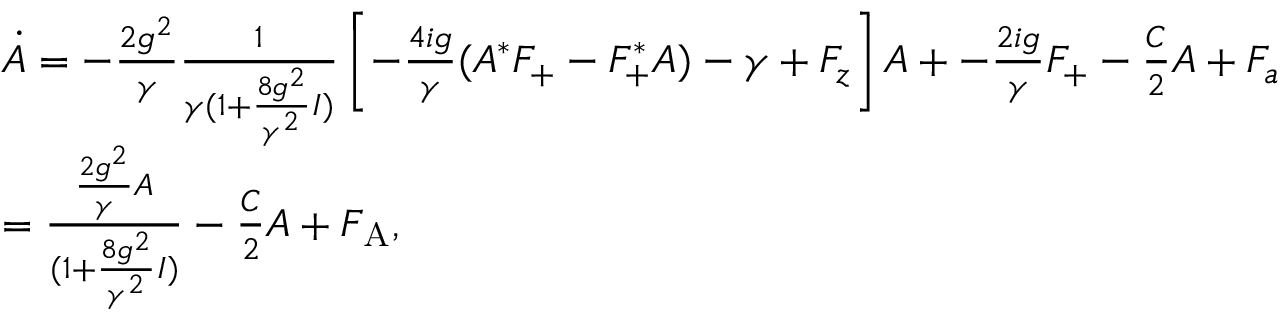
\begin{array} { r l } & { \dot { A } = - \frac { 2 g ^ { 2 } } { \gamma } \frac { 1 } { \gamma ( 1 + \frac { 8 g ^ { 2 } } { \gamma ^ { 2 } } I ) } \left[ - \frac { 4 i g } { \gamma } ( A ^ { * } F _ { \mathrm { + } } - F _ { \mathrm { + } } ^ { * } A ) - \gamma + F _ { z } \right] A + - \frac { 2 i g } { \gamma } F _ { \mathrm { + } } - \frac { C } { 2 } A + F _ { a } } \\ & { = \frac { \frac { 2 g ^ { 2 } } { \gamma } A } { ( 1 + \frac { 8 g ^ { 2 } } { \gamma ^ { 2 } } I ) } - \frac { C } { 2 } A + F _ { \mathrm { A } } , } \end{array}